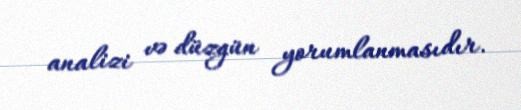
analizi və düzgün yorumlanmasıdır.